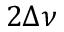
2 \Delta \nu